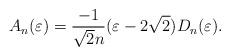
LaTeX: \begin{align*}A_n (\varepsilon ) =\frac{-1}{\sqrt{2}n} (\varepsilon -2\sqrt{2} )D_n(\varepsilon).\end{align*}